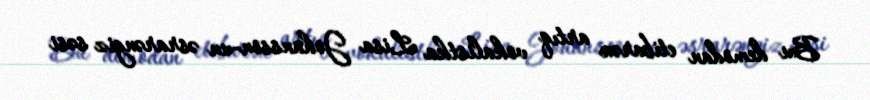
Bu demodan etibarən artıq vokalistka Lisa Johansson-un əsrarəngiz səsi